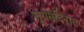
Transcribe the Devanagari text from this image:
सूर्यमंदिरात